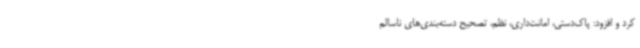
کرد و افزود: پاک‌دستی، امانت‌داری، نظم، تصحیح دسته‌بندی‌های ناسالم